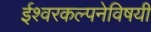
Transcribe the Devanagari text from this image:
ईश्वरकल्पनेविषयी